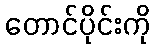
တောင်ပိုင်းကို